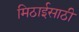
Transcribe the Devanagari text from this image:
मिठाईसाठी